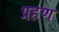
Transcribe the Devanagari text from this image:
प्रहण